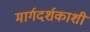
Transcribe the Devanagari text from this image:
मार्गदर्शकाशी